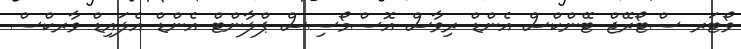
ވޯޓަރ ސްޓޯރޭޖް ޓޭންކްސް އެންޑް ރިވާސް އޮސްމޯސިސް ޕްލާންޓް އެންޑް އެލައިޑް ވާރކްސް